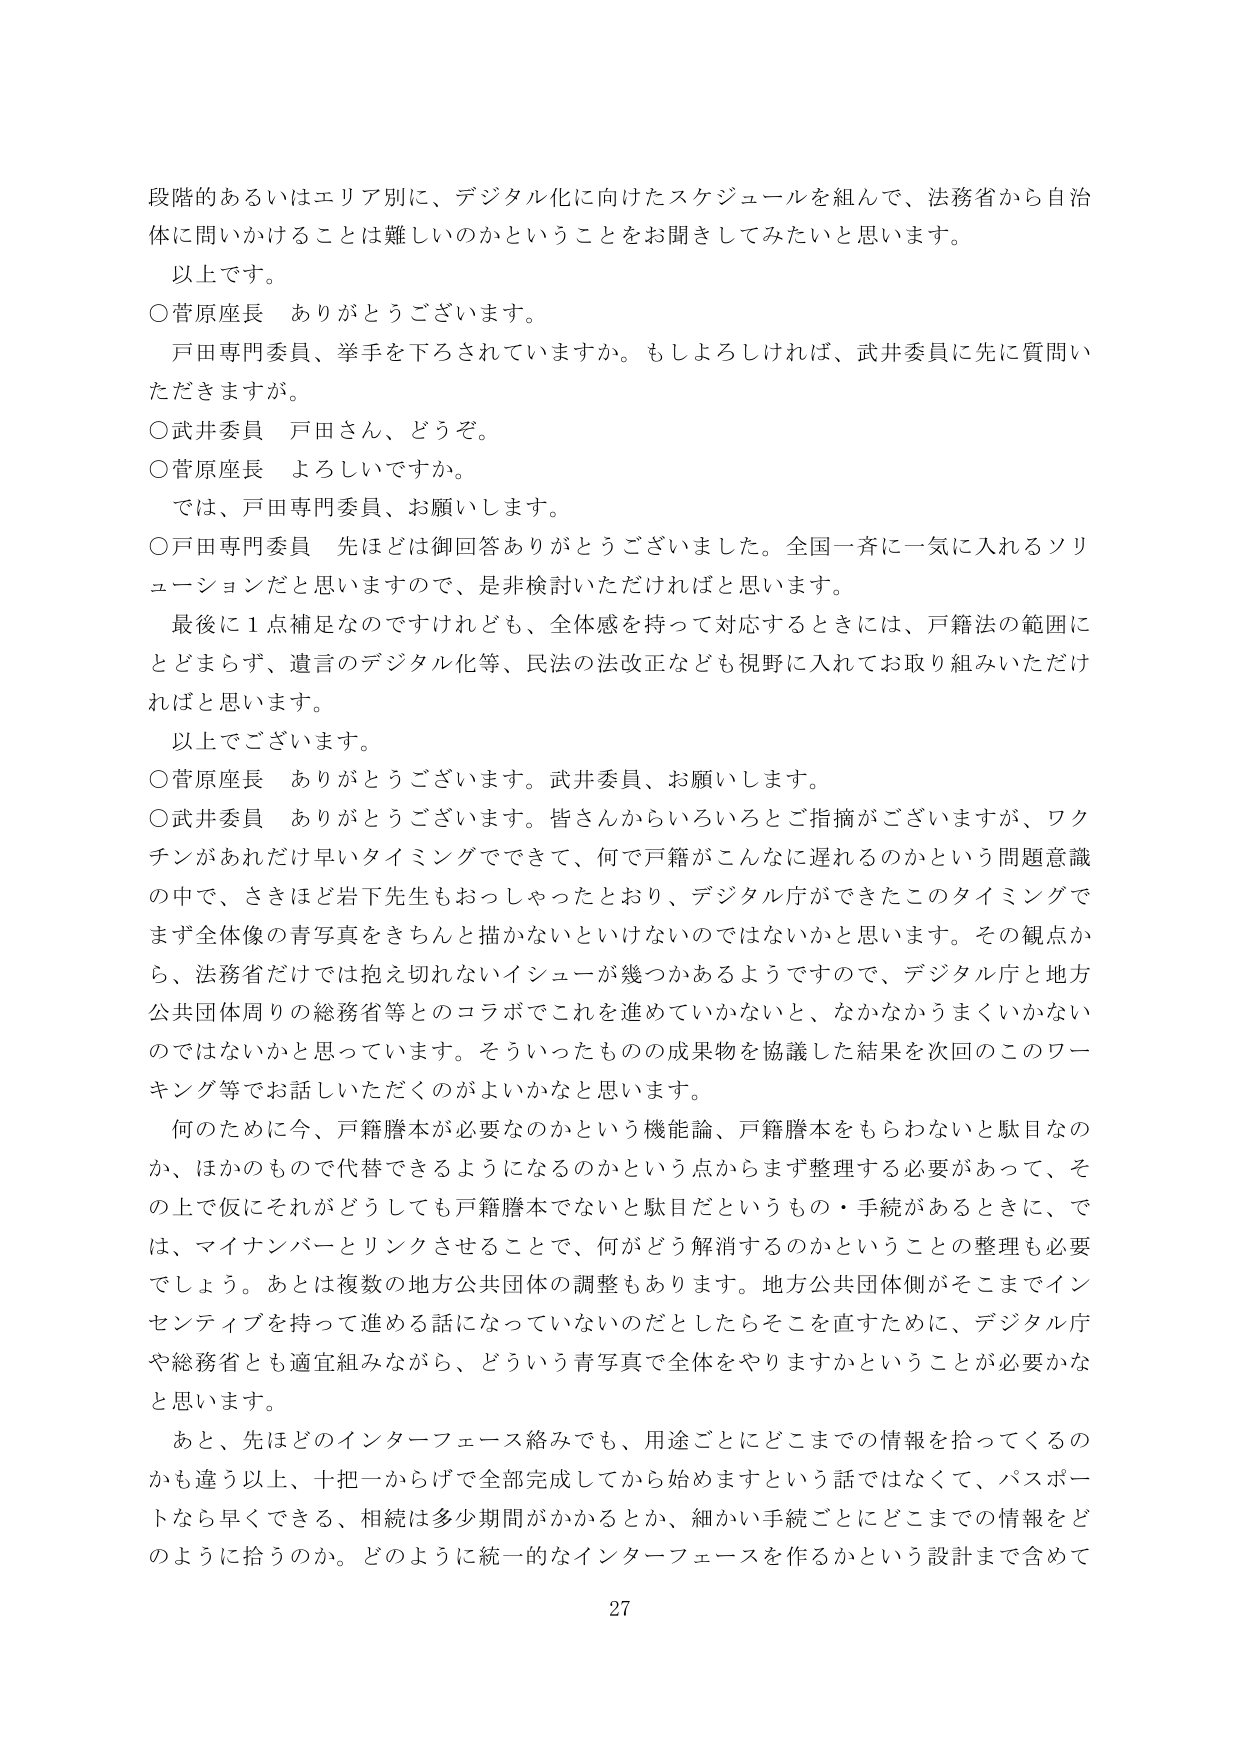
段階的あるいはエリア別に、デジタル化に向けたスケジュールを組んで、法務省から自治体に問いかけることは難しいのかということをお聞きしてみたいと思います。
以上です。
○菅原座長　ありがとうございます。
　戸田専門委員、挙手を下ろされていますか。もしよろしければ、武井委員に先に質問いただきますが。
○武井委員　戸田さん、どうぞ。
○菅原座長　よろしいですか。
　では、戸田専門委員、お願いします。
○戸田専門委員　先ほどは御回答ありがとうございました。全国一斉に一気に入れるソリューションだと思いますので、是非検討いただければと思います。
　最後に１点補足なのですが、全体感を持って対応するときには、戸籍法の範囲にとどまらず、遺言のデジタル化等、民法の法改正なども視野に入れてお取り組みいただければと思います。
　以上でございます。
○菅原座長　ありがとうございます。武井委員、お願いします。
○武井委員　ありがとうございます。皆さんからいろいろとご指摘がございますが、ワクチンがあれだけ早いタイミングでできて、何で戸籍がこんなに遅れるのかという問題意識の中で、さきほど岩下先生もおっしゃったとおり、デジタル庁ができたこのタイミングでまず全体像の青写真をきちんと描かないといけないのではないかと思います。その観点から、法務省だけでは抱え切れないイシューが幾つかあるようですので、デジタル庁と地方公共団体周りの総務省等とのコラボでこれを進めていかないと、なかなかうまくいかないのではないかと思っています。そういったものの成果物を協議した結果を次回のこのワーキング等でお話しいただくのがよいかなと思います。
　何のために今、戸籍謄本が必要なのかという機能論、戸籍謄本をもらわないと駄目なのか、ほかのもので代替できるようになるのかという点からまず整理する必要があって、その上で仮にそれがどうしても戸籍謄本でないと駄目だというのも・手続があるときに、では、マイナンバーとリンクさせることで、何がどう解消するのかということの整理も必要でしょう。あとは複数の地方公共団体の調整もあります。地方公共団体側がそこまでインセンティブを持って進める話になっていないのだとしたらそこを直すために、デジタル庁や総務省とも適宜組みながら、どういう青写真で全体をやりますかということが必要かなと思います。
　あと、先ほどのインターフェース絡みでも、用途ごとにどこまでの情報を拾ってくるのかも違う以上、十把一からげで全部完成してから始めますという話ではなくて、パスポートなら早くできる、相続は多少期間がかかるとか、細かい手続ごとにどこまでの情報をどのように拾うのか。どのように統一的なインターフェースを作るかという設計まで含めて
27